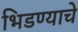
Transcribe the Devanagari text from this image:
भिडण्याचे